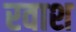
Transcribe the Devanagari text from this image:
रवाश